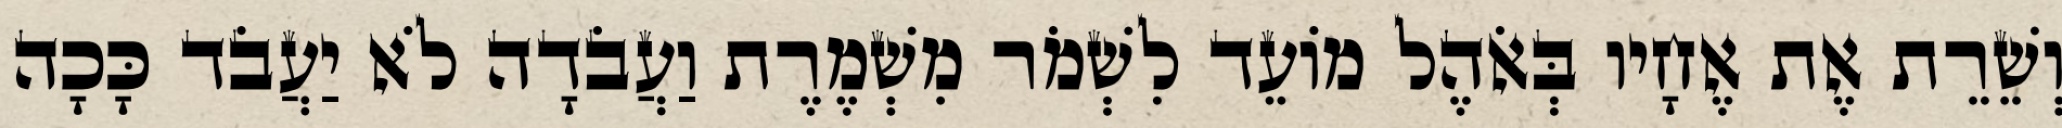
וְשֵׁרֵת אֶת אֶחָיו בְּאֹהֶל מוֹעֵד לִשְׁמֹר מִשְׁמֶרֶת וַעֲבֹדָה לֹא יַעֲבֹד כָּכָה